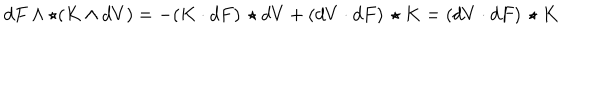
d F \wedge \star ( K \wedge d V ) = - ( K \cdot d F ) \, \star d V + ( d V \cdot d F ) \, \star K = ( d V \cdot d F ) \, \star K